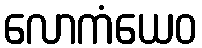
လောကံယေဝ